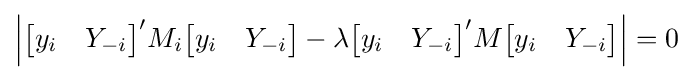
{\Big |}{\begin{bmatrix}y_{i}&Y_{-i}\end{bmatrix}}'M_{i}{\begin{bmatrix}y_{i}&Y_{-i}\end{bmatrix}}-\lambda {\begin{bmatrix}y_{i}&Y_{-i}\end{bmatrix}}'M{\begin{bmatrix}y_{i}&Y_{-i}\end{bmatrix}}{\Big |}=0